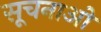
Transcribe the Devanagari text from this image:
सूचनाओें